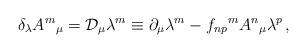
LaTeX: \begin{align*}\delta_{\lambda} A^{m}{}_{\mu} = {\cal D}_{\mu} \lambda^{m} \equiv\partial_{\mu} \lambda^{m} -f_{np}{}^{m} A^{n}{}_{\mu} \lambda^{p} \, ,\end{align*}